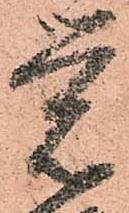
覚